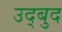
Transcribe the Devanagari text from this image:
उद्बुद